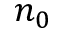
n _ { 0 }